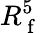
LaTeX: R_{\mathrm{~f~}}^{5}